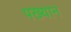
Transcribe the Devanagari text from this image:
पख्यान